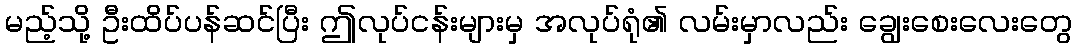
မည့်သို့ ဦးထိပ်ပန်ဆင်ပြီး ဤလုပ်ငန်းများမှ အလုပ်ရုံ၏ လမ်းမှာလည်း ချွေးစေးလေးတွေ